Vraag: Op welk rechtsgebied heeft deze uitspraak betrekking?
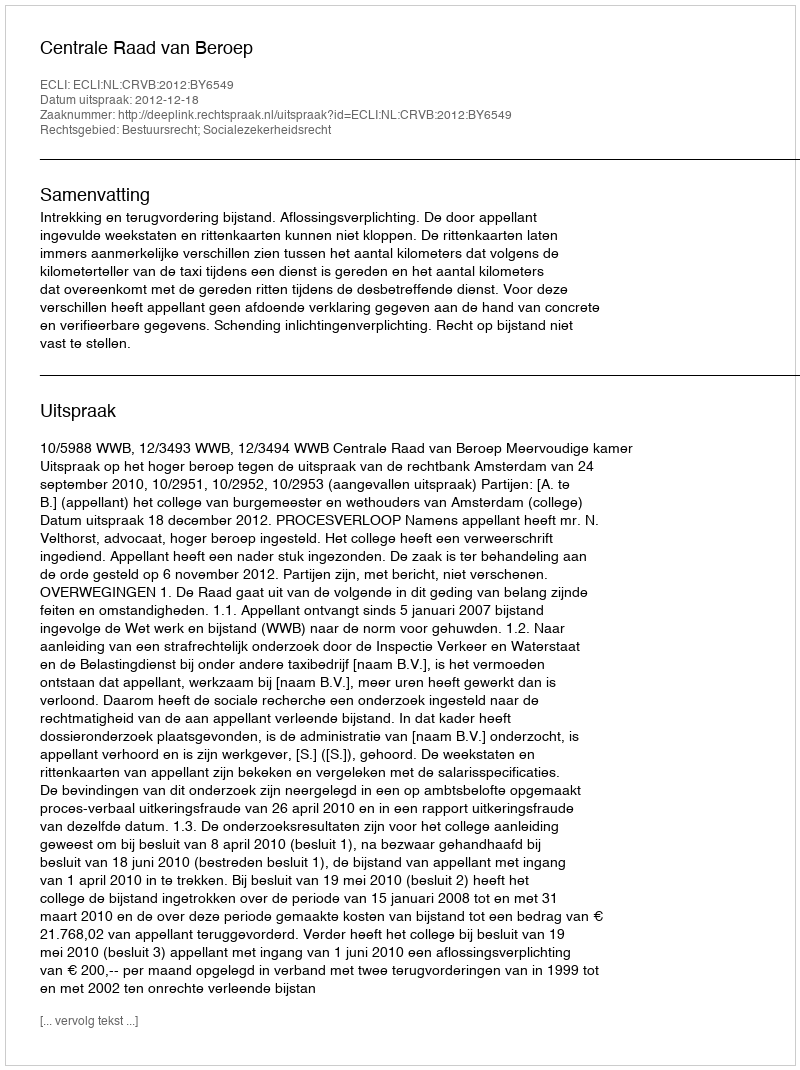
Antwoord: Bestuursrecht; Socialezekerheidsrecht